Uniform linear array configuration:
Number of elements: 24
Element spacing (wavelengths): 0.5
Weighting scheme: hamming
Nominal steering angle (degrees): -15
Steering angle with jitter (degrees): -16.955
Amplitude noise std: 0.05
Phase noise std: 0.05

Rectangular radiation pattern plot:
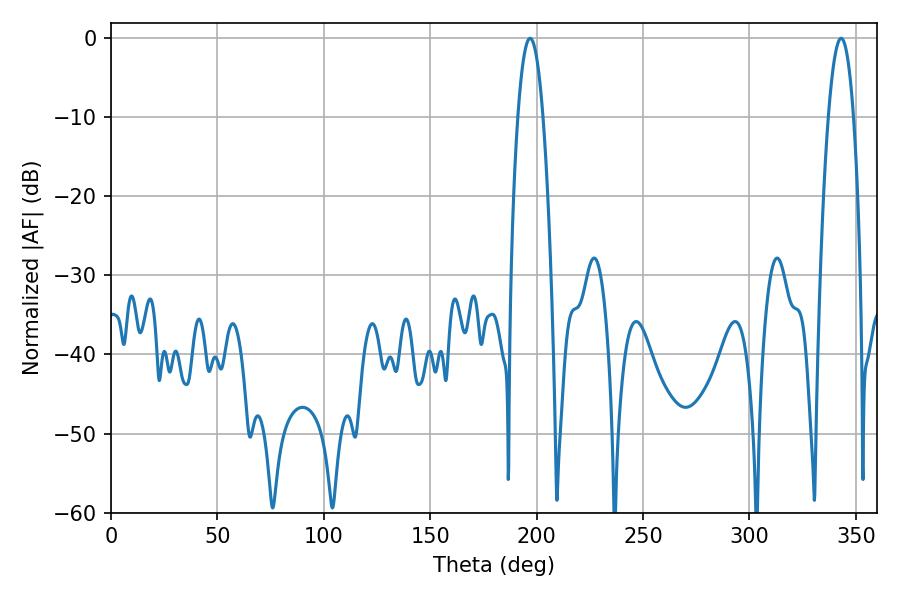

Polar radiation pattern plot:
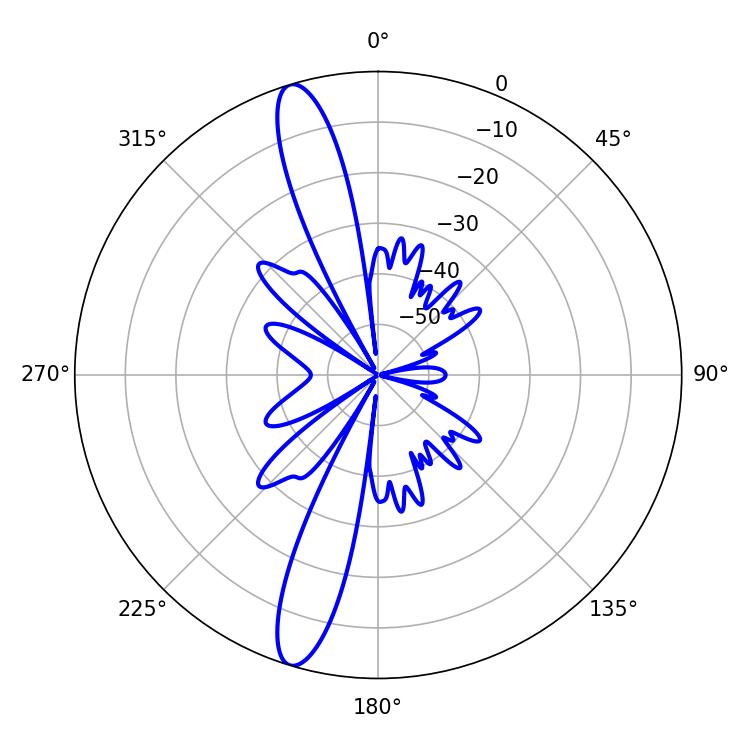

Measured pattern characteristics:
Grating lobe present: FALSE
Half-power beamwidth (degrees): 6.48
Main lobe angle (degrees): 196.92